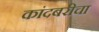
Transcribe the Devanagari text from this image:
कांदबरीचा